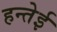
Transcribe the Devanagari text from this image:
हन्तेई